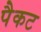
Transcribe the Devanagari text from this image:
पैकट